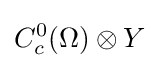
C_{c}^{0}(\Omega )\otimes Y